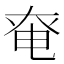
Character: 𡘤